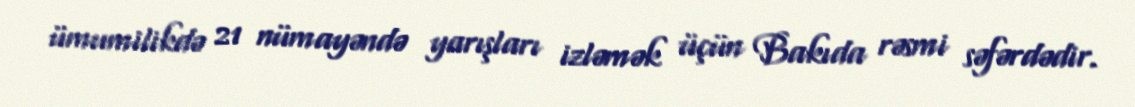
ümumilikdə 21 nümayəndə yarışları izləmək üçün Bakıda rəsmi səfərdədir.